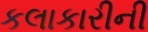
કલાકારીની